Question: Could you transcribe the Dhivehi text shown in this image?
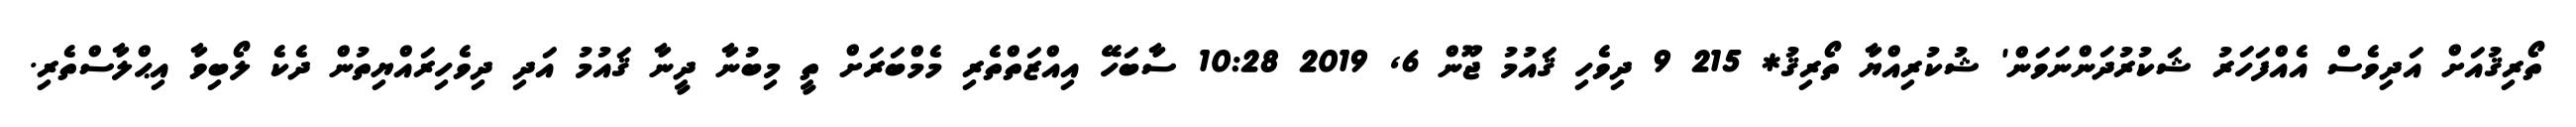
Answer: ތޯރިޤުއަށް އަދިވެސް އެއްފަހަރު ޝަކުރުދަންނަވަން' ޝުކުރިއްޔާ ތޯރިޤު* 215 9 ދިވެހި ޤައުމު ޖޫން 6, 2019 10:28 ސާބަހޭ އިއްޒަތްތެރި މެމްބަރަށް ތީ މިބުނާ ދީނާ ޤައުމު އަދި ދިވެހިރައްޔިތުން ދެކެ ލޯބިވާ އިޙްލާސްތެރި.